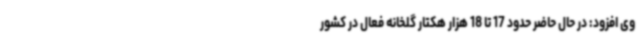
وی افزود: در حال حاضر حدود 17 تا 18 هزار هکتار گلخانه فعال در کشور